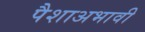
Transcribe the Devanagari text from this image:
पैशाअभावी